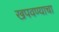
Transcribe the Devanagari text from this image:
खपवण्याचा